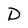
Character: D